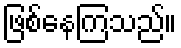
ဖြစ်နေကြသည်။